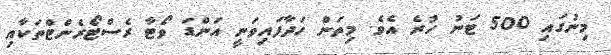
މިނުގައި 500 ޓަނު ހުރެ އެވެ. މިތަން ހަދާފައިވަނީ އަންޑަ ވޯޓާ ރެސްޓޯރެންޓްތަކާއި